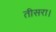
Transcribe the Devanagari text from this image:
तीसरा।